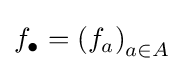
f_{\bullet }=\left(f_{a}\right)_{a\in A}